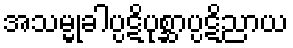
အသမ္မုခါပ္ပဋိပုစ္ဆာပ္ပဋိညာယ